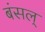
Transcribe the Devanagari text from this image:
बंसल्